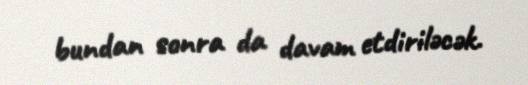
bundan sonra da davam etdiriləcək.